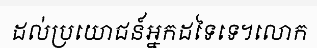
ដល់ប្រយោជន៍អ្នកដទៃទេ។លោក